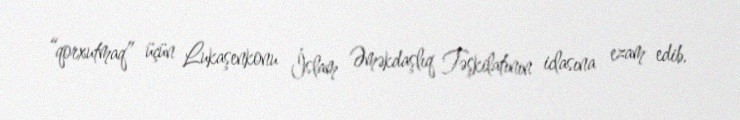
“qorxutmaq” üçün Lukaşenkonu İslam Əməkdaşlıq Təşkilatının iclasına ezam edib.